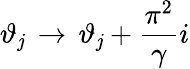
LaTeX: \vartheta_{\mathit{j}}\, \rightarrow\, \vartheta_{\mathit{j}}+\displaystyle\frac{{\pi^{2}}}{{\gamma}}i